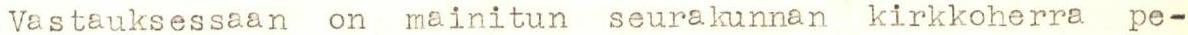
Vastauksessaan on mainitun seurakunnan kirkkoherra pe-